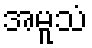
အမူသံ